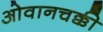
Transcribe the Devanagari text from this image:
ओवानचक्की